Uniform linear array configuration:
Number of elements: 12
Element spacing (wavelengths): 0.5
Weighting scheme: hamming
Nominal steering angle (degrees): -60
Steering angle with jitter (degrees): -60.46
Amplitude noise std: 0.05
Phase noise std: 0.05

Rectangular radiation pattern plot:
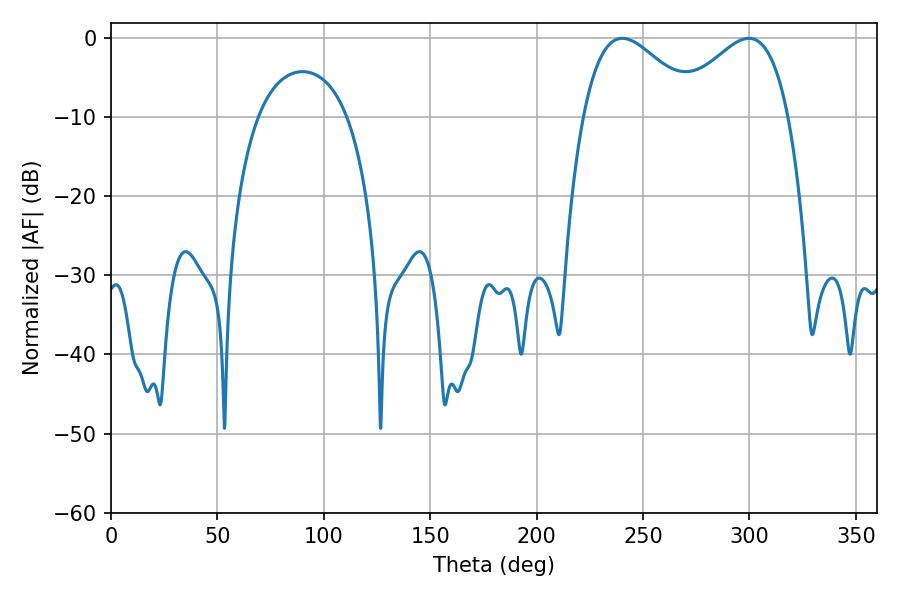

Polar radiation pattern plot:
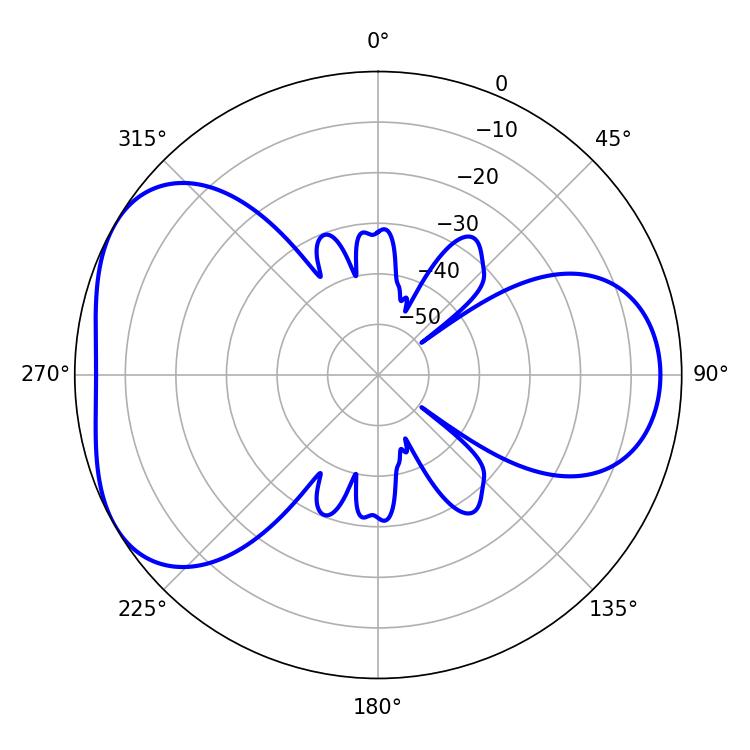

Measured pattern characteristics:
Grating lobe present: FALSE
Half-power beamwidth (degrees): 29.34
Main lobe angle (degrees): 240.3